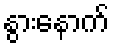
နွားနောက်